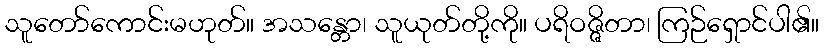
သူတော်ကောင်းမဟုတ်။ အသန္တော၊ သူယုတ်တို့ကို။ ပရိဝဇ္ဇိတာ၊ ကြဉ်ရှောင်ပါ၏။